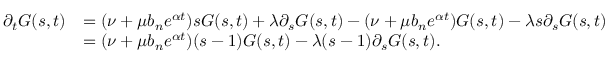
\begin{array} { r l } { \partial _ { t } G ( s , t ) } & { = ( \nu + \mu b _ { n } e ^ { \alpha t } ) s G ( s , t ) + \lambda \partial _ { s } G ( s , t ) - ( \nu + \mu b _ { n } e ^ { \alpha t } ) G ( s , t ) - \lambda s \partial _ { s } G ( s , t ) } \\ & { = ( \nu + \mu b _ { n } e ^ { \alpha t } ) ( s - 1 ) G ( s , t ) - \lambda ( s - 1 ) \partial _ { s } G ( s , t ) . } \end{array}